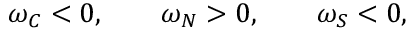
\omega _ { C } < 0 , \qquad \omega _ { N } > 0 , \qquad \omega _ { S } < 0 ,